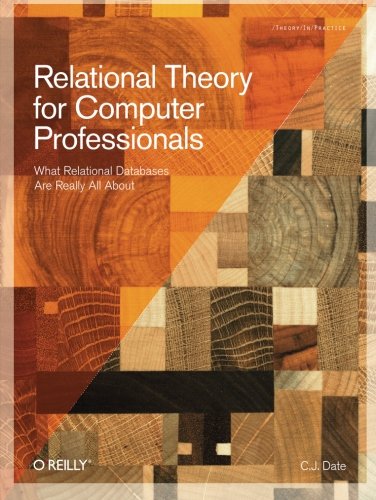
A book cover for Relational Theory for Computer Professionals (Theory in Practice); C. J. Date; Computers & Technology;